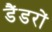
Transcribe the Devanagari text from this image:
डैंडरों